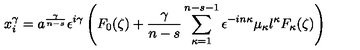
x _ { i } ^ { \gamma } = a ^ { \frac { \gamma } { n - s } } \epsilon ^ { i \gamma } \left( F _ { 0 } ( \zeta ) + \frac { \gamma } { n - s } \sum _ { \kappa = 1 } ^ { n - s - 1 } \epsilon ^ { - i n \kappa } \mu _ { \kappa } l ^ { \kappa } F _ { \kappa } ( \zeta ) \right)